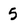
Character: 5